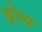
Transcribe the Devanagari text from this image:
ब्रोथ